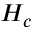
H _ { c }